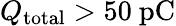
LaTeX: Q_{\mathrm{total}}>50~\mathrm{pC}